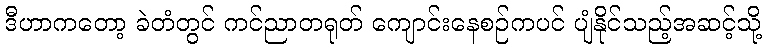
ဒီဟာကတော့ ခဲတံတွင် ကင်ညာတရုတ် ကျောင်းနေစဉ်ကပင် ပျံနိုင်သည့်အဆင့်သို့